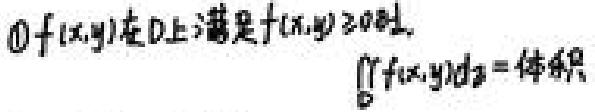
$\textcircled{1}f(x,y)$在D上满足$f(x,y)\geqslant0$时，\\
$\iint_{D}f(x,y)d\sigma = $体积